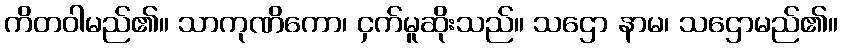
ကိတဝါမည်၏။ သာကုဏိကော၊ ငှက်မူဆိုးသည်။ သဌော နာမ၊ သဌောမည်၏။